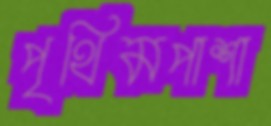
পৃথিমপাশা